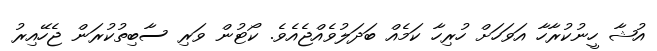
އުޝާ ހީނުކުރާހާ އަވަހަށް ހުރިހާ ކަމެއް ބަދަލުވެއްޖެއެވެ. ކޯޓުން ވަރި ސާބިތުކުރަން ޖެހޭއިރު